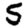
Digit: 5